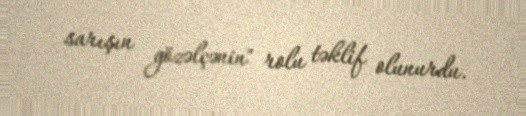
sarışın gözəlçənin" rolu təklif olunurdu.